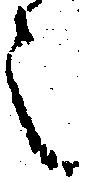
之